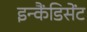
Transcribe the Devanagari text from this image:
इन्कैंडिसेंट